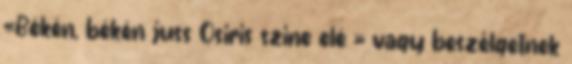
«Békén, békén juss Osiris szine elé » vagy beszélgetnek